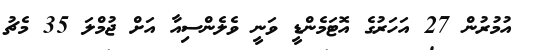
އުމުރުން 27 އަހަރުގެ އޮޓަމެންޑީ ވަނީ ވެލެންސިއާ އަށް ޖުމްލަ 35 މެޗު